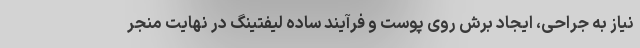
نیاز به جراحی، ایجاد برش روی پوست و فرآیند ساده لیفتینگ در نهایت منجر